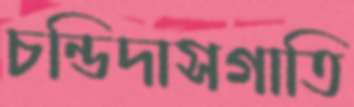
চন্ডিদাসগাতি